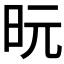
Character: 𪰈